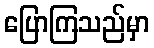
ပြောကြသည်မှာ